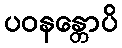
ပဝနန္တောပိ